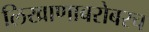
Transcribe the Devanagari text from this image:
लिखाणाबरोबरच